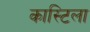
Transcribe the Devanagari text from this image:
कास्टिला